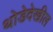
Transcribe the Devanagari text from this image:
थोडेदेखील